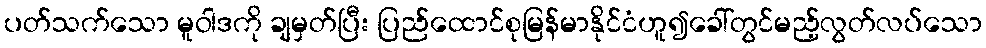
ပတ်သက်သော မူဝါဒကို ချမှတ်ပြီး ပြည်ထောင်စုမြန်မာနိုင်ငံဟူ၍ခေါ်တွင်မည့်လွတ်လပ်သော